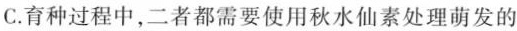
C.育种过程中，二者都需要使用秋水仙素处理萌发的